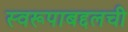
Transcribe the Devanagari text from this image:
स्वरूपाबद्दलची